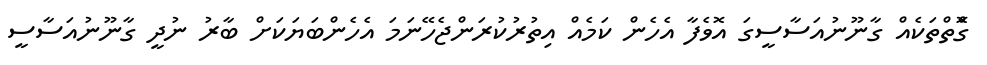
ގޮްތްތަކެއް ގާނޫނުއަސާސީގަ އޮވެފާ އެހެން ކަމެއް އިތުރުކުރަންޖެހޭނަމަ އެހެންބަޔަކަށް ބާރު ނުދީ ގާނޫނުއަސާސީ